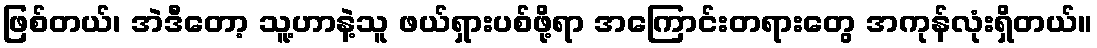
ဖြစ်တယ်၊ အဲဒီတော့ သူ့ဟာနဲ့သူ ဖယ်ရှားပစ်ဖို့ရာ အကြောင်းတရားတွေ အကုန်လုံးရှိတယ်။